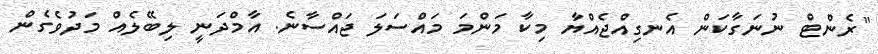
"ރެންޓް ނުނަގާކަން އެނގިއްޖެއްޔާ މިކާ މަންމަ މައްސަލަ ޖައްސާނެ. އާމްދަނީ ލިބޭލެއް މަދުވެގެން